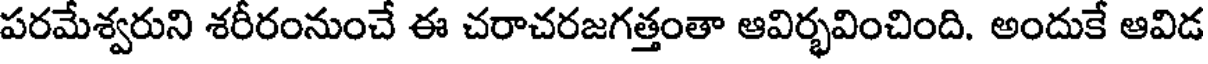
పరమేశ్వరుని శరీరంనుంచే ఈ చరాచరజగత్తంతా ఆవిర్భవించింది. అందుకే ఆవిడ